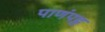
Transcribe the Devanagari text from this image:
पाणंपट्ट